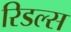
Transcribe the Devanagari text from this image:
रिडल्स